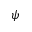
\psi